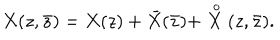
LaTeX: X ( z , \bar { z } ) = X ( z ) + \bar { X } ( \bar { z } ) + \stackrel { \, o } { X } ( z , \bar { z } ) .